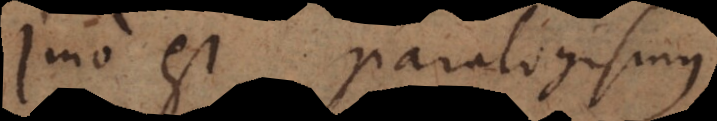
Imo est paralogismu